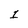
Character: 1